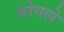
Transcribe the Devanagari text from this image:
बोगले